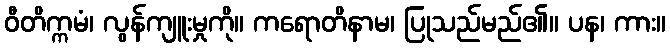
ဝီတိက္ကမံ၊ လွန်ကျူးမှုကို။ ကရောတိနာမ၊ ပြုသည်မည်၏။ ပန၊ ကား။